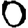
Digit: 0